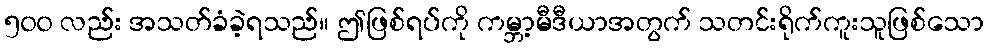
၅၀၀ လည်း အသတ်ခံခဲ့ရသည်။ ဤဖြစ်ရပ်ကို ကမ္ဘာ့မီဒီယာအတွက် သတင်းရိုက်ကူးသူဖြစ်သော